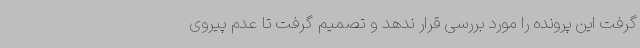
گرفت این پرونده را مورد بررسی قرار ندهد و تصمیم گرفت تا عدم پیروی